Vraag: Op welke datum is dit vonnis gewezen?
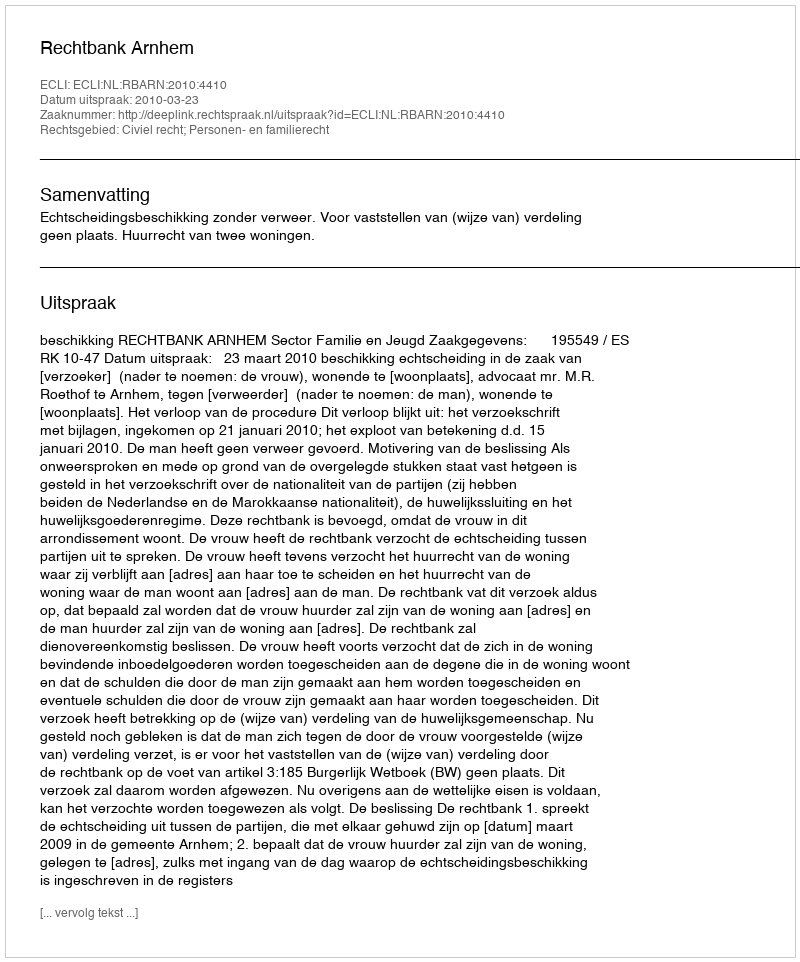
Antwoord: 2010-03-23